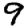
Digit: 9